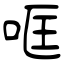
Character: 哐